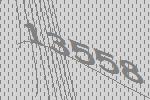
13558